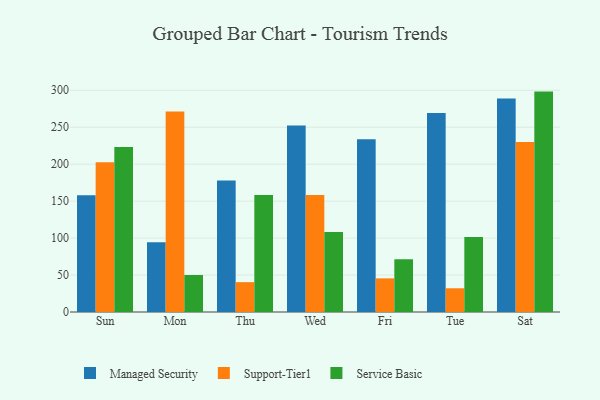
{"axis": {"x": "Day", "y": "Shipments"}, "legend": ["Managed Security", "Service Basic", "Support-Tier1"], "data": [{"x": "Sun", "y": 158.0, "type": "Managed Security"}, {"x": "Sun", "y": 202.5, "type": "Support-Tier1"}, {"x": "Sun", "y": 223.1, "type": "Service Basic"}, {"x": "Mon", "y": 94.4, "type": "Managed Security"}, {"x": "Mon", "y": 271.2, "type": "Support-Tier1"}, {"x": "Mon", "y": 50.1, "type": "Service Basic"}, {"x": "Thu", "y": 177.8, "type": "Managed Security"}, {"x": "Thu", "y": 40.4, "type": "Support-Tier1"}, {"x": "Thu", "y": 158.4, "type": "Service Basic"}, {"x": "Wed", "y": 252.3, "type": "Managed Security"}, {"x": "Wed", "y": 158.3, "type": "Support-Tier1"}, {"x": "Wed", "y": 108.3, "type": "Service Basic"}, {"x": "Fri", "y": 233.6, "type": "Managed Security"}, {"x": "Fri", "y": 45.5, "type": "Support-Tier1"}, {"x": "Fri", "y": 71.4, "type": "Service Basic"}, {"x": "Tue", "y": 269.3, "type": "Managed Security"}, {"x": "Tue", "y": 32.1, "type": "Support-Tier1"}, {"x": "Tue", "y": 101.5, "type": "Service Basic"}, {"x": "Sat", "y": 288.7, "type": "Managed Security"}, {"x": "Sat", "y": 230.1, "type": "Support-Tier1"}, {"x": "Sat", "y": 298.2, "type": "Service Basic"}]}